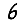
Digit: 6